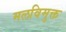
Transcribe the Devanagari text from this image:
मलविमुक्त